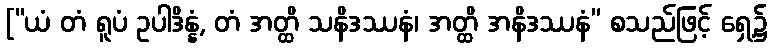
[“ယံ တံ ရူပံ ဥပါဒိန္နံ, တံ အတ္ထိ သနိဒဿနံ၊ အတ္ထိ အနိဒဿနံ” စသည်ဖြင့် ရှေ့၌